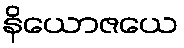
နိယောဇယေ